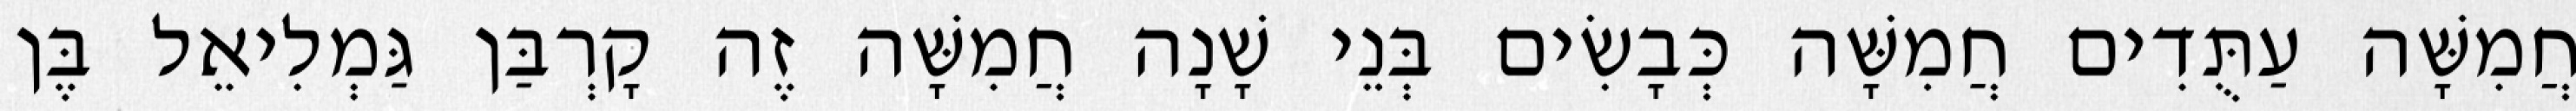
חֲמִשָּׁה עַתֻּדִים חֲמִשָּׁה כְּבָשִׂים בְּנֵי שָׁנָה חֲמִשָּׁה זֶה קָרְבַּן גַּמְלִיאֵל בֶּן